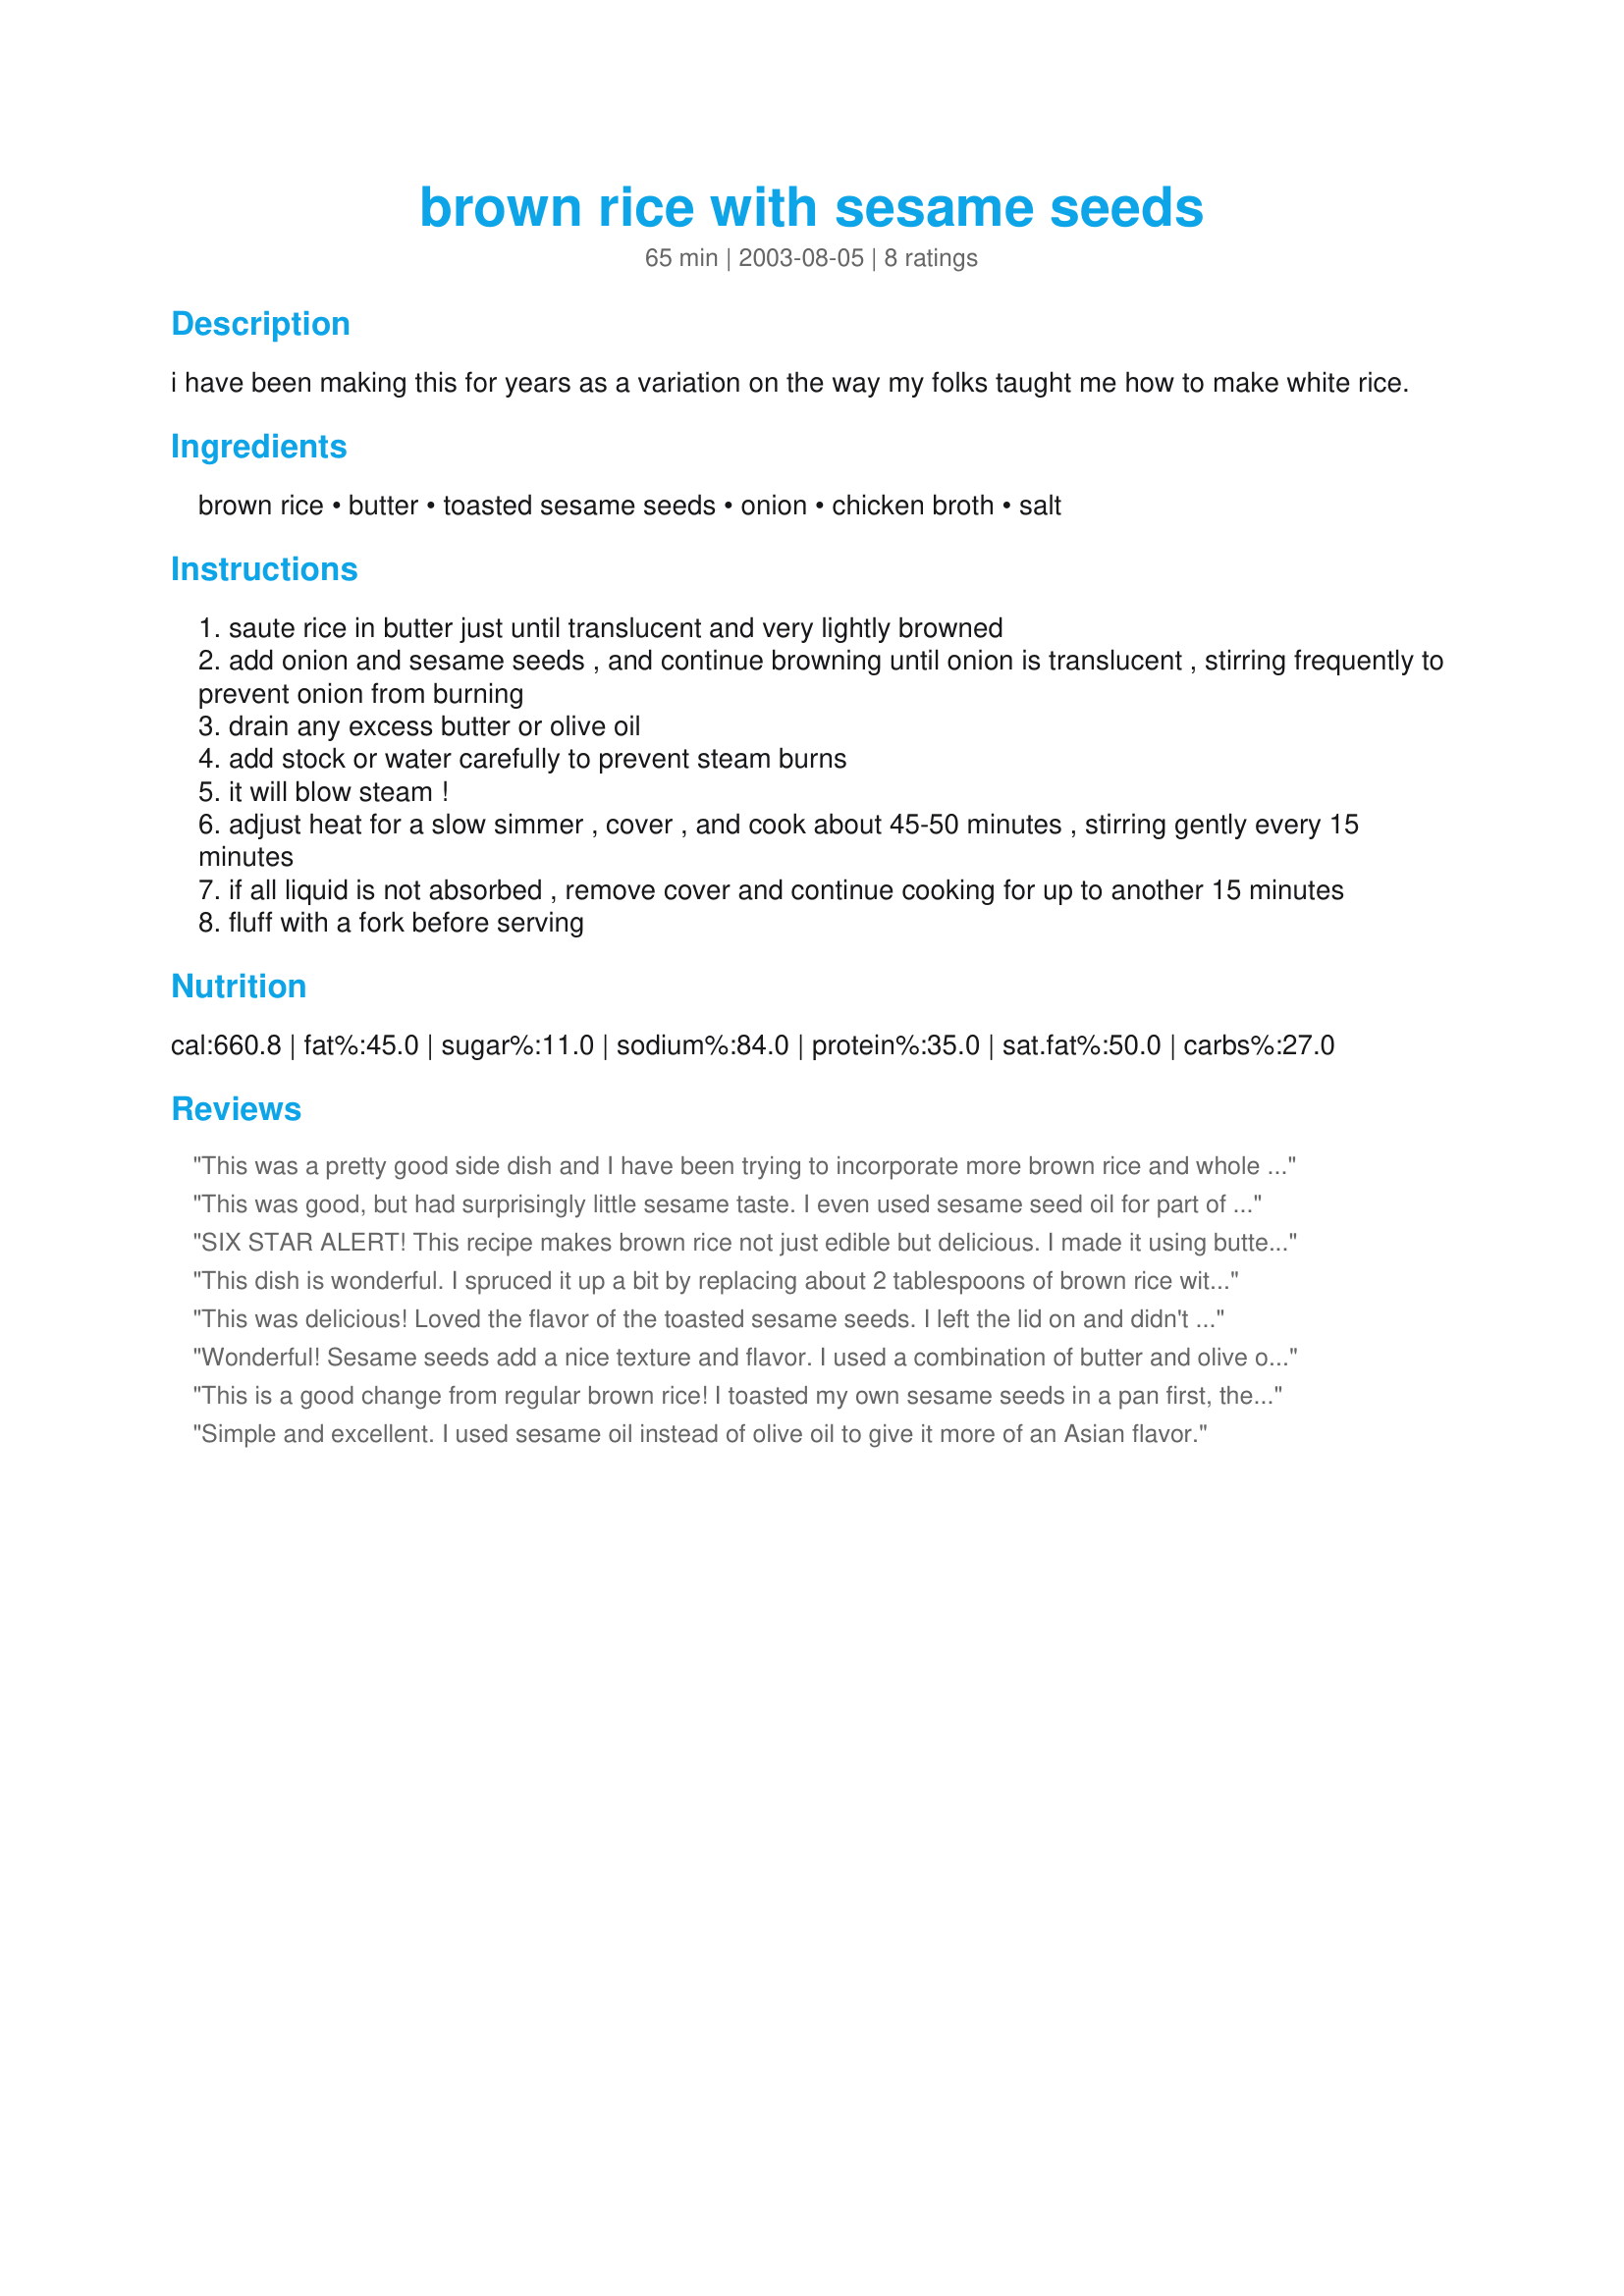
brown rice with sesame seeds
Preparation time: 65 minutes

i have been making this for years as a variation on the way my folks taught me how to make white rice.

Ingredients:
brown rice, butter, toasted sesame seeds, onion, chicken broth, salt

Steps:
saute rice in butter just until translucent and very lightly browned
add onion and sesame seeds , and continue browning until onion is translucent , stirring frequently to prevent onion from burning
drain any excess butter or olive oil
add stock or water carefully to prevent steam burns
it will blow steam !
adjust heat for a slow simmer , cover , and cook about 45-50 minutes , stirring gently every 15 minutes
if all liquid is not absorbed , remove cover and continue cooking for up to another 15 minutes
fluff with a fork before serving

Reviews:
This was a pretty good side dish and I have been trying to incorporate more brown rice and whole grains into our diets. I was hoping for a little more sesame taste but it was a nice step up from plain old brown rice. We served this with Mongolian Pork Chops from this site and sauteed green beans. It was a nice addition to the meal.
This was good, but had surprisingly little sesame taste. I even used sesame seed oil for part of the fat. I made it in a rice cooker maybe that had something to do with it. It still was good and I would make it again.
SIX STAR ALERT! This recipe makes brown rice not just edible but delicious. I made it using butter and olive oil. I am not usually the biggest fan of brown rice but that may have now changed especially as my fussy preschooler also loved it [albeit with tomato sauce LOL]. I also appreciate the extra goodness of the sesame seeds. This is a vegetarian dream as it contains lots of the nutrients which are good for you.
Thanks Toby!
This dish is wonderful. I spruced it up a bit by replacing about 2 tablespoons of brown rice with texas red rice to add some color. Wild rice could also be substituted for added flare. Absolutely excellent texture with great sesame flavor.
This was delicious! Loved the flavor of the toasted sesame seeds. I left the lid on and didn't check it until the 45 minutes was up. It was perfectly done. I used the chicken broth and olive oil. Thanks, Toby.
Wonderful! Sesame seeds add a nice texture and flavor. I used a combination of butter and olive oil, chicken broth and about 1/2 t salt. I did forget to toast the sesame seeds first so sauteed with the rice and onion until they were toasty. Wouldn't change a thing! Thanks, Toby!
This is a good change from regular brown rice! I toasted my own sesame seeds in a pan first, then followed the recipe. I also didn't use fresh onion, but powdered, instead. To make it all vegetarian I substituted vegetable bouillon for the chicken broth. Overall, it was filling and healthy! I served Sweet and Sour Lentils over it and the flavors went together well! Thank you for posting!
Simple and excellent. I used sesame oil instead of olive oil to give it more of an Asian flavor.
